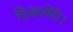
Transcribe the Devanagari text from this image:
दिखायेंगे।